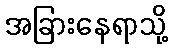
အခြားနေရာသို့